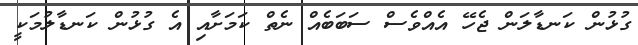
ގުޅުން ކަނޑާލަން ޖެހޭ އެއްވެސް ސަބަބެއް ނެތް ކަމަށާއި އެ ގުޅުން ކަނޑާލުމަކީ